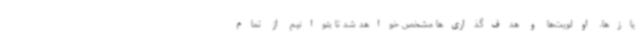
یازها، اولویت‌ها و هدف‌گذاری‌ها مشخص خواهد شد تا بتوانیم از تمام